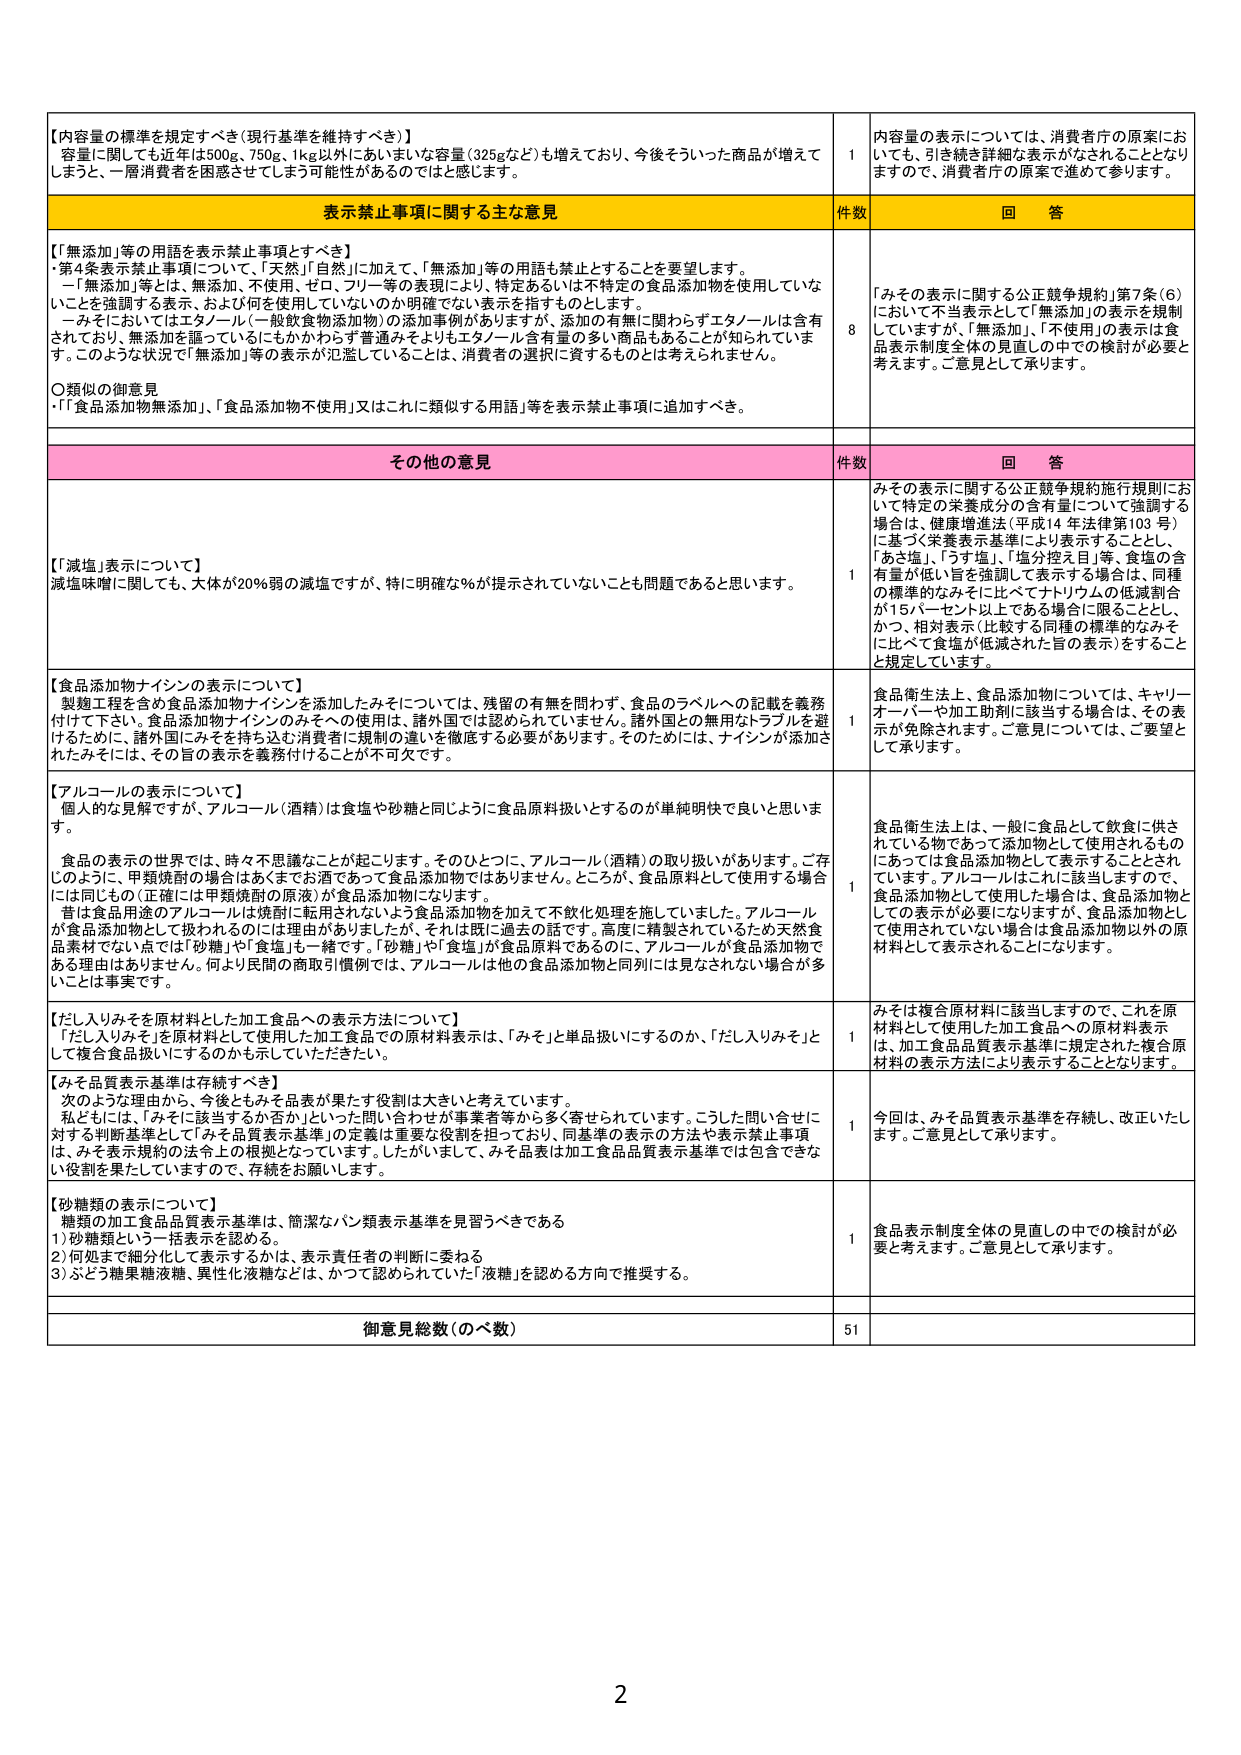
【内容量の標準を規定すべき（現行基準を維持すべき）】
容量に関しても近年は500g、750g、1kg以外にあいまいな容量（325gなど）も増えており、今後そういった商品が増えて
しまうと、一層消費者を困惑させてしまう可能性があるのではと感じます。

表示禁止事項に関する主な意見
件数 回答

【「無添加」等の用語を表示禁止事項とすべき】
・第4条表示禁止事項について、「天然」「自然」に加えて、「無添加」等の用語も禁止とすることを要望します。
「無添加」等とは、無添加か、不使用、ゼロ、フリー等の表現により、特定あるいは不特定の食品添加物を使用していな
いことを強調する表示、および何を使用していないのか明確でない表示を指すものとします。
一みそにおいてはエタノール（一般飲食物添加物）の添加事例がありますが、添加の有無に関わらずエタノールは含有
されており、無添加を謳っているにもかかわらず普通みそよりエタノール含有量の多い商品もあることが知られていま
す。このような状況で「無添加」等の表示が氾濫していることは、消費者の選択に資するものとは考えられません。
○類似の御意見
・「食品添加物無添加」、「食品添加物不使用」又はこれに類似する用語」等を表示禁止事項に追加すべき。

8
「みその表示に関する公正競争規約」第7条（6）
において不当表示として「無添加」の表示を規制
していますが、「無添加」、「不使用」の表示は食
品表示制度全体の見直しの中での検討が必要と
考えます。ご意見として承ります。

その他の意見
件数 回答

【「減塩」表示について】
減塩味噌に関しても、大体が20%弱の減塩ですが、特に明確な％が提示されていないことも問題であると思います。

1
みその表示に関する公正競争規約施行規則にお
いて特定の栄養成分の含有量について強調する
場合は、健康増進法（平成14年法律第103号）
に基づく栄養表示基準により表示することとし、
「あさ塩」、「うす塩」、「塩分控え目」等、食塩の含
有量が低い旨を強調して表示する場合は、同種
の標準的なみそに比べてナトリウムの低減割合
が15パーセント以上である場合に限ることとし、
かつ、相対表示（比較する同種の標準のみそ
に比べて食塩が低減された旨の表示）をすること
と規定しています。

【食品添加物ナイシンの表示について】
製麴工程を含む食品添加物ナイシンのみそについては、残留の有無を問わず、食品のラベルへの記載を義務
付けて下さい。食品添加物ナイシンのみそへの使用は、諸外国では認められていません。諸外国との無用なトラブルを避
けるために、諸外国にみそを持ち込む消費者に規制の違いを徹底する必要があります。そのためには、ナイシンが添加さ
れたみそには、その旨の表示を義務付けることが不可欠です。

1
食品衛生法上、食品添加物については、キャリー
オーバーや加工助剤に該当する場合は、その表
示が免除されます。ご意見については、ご要望と
して承ります。

【アルコールの表示について】
個人的な見解ですが、アルコール（酒精）は食塩や砂糖と同じように食品原料扱いとするのが単純明快で良いと思いま
す。
食品の表示の世界では、時々不思議なことが起こります。そのひとつに、アルコール（酒精）の取り扱いがあります。ご存
じのように、甲類焼酎の場合はあくまでお酒であって食品添加物ではありません。ところが、食品原料として使用する場合
には同じもの（正確には甲類焼酎の原液）が食品添加物になります。
昔は食品用途のアルコールは焼酎に転用されないよう食品添加物を加えて不飲化処理を施していました。アルコール
が食品添加物として扱われるのには理由がありますが、それは既に過去の話です。高度に精製されているため天然食
品素材でない点では「砂糖」や「食塩」も一緒です。「砂糖」や「食塩」が食品原料であるのに、アルコールが食品添加物で
ある理由はありません。何より民間の商取引慣例では、アルコールは他の食品添加物と同列には見なされない場合が多
いことは事実です。

1
食品衛生法上は、一般に食品として飲食に供さ
れている物であって添加物として使用されるもの
にあっては食品添加物として表示することとされ
ています。アルコールはこれに該当しますので、
食品添加物として使用した場合は、食品添加物と
しての表示が必要になりますが、食品添加物とし
て使用されていない場合は食品添加物以外の原
材料として表示されることになります。

【だし入りみそを原材料とした加工食品への表示方法について】
「だし入りみそ」を原材料として使用した加工食品での原材料表示は、「みそ」と単品扱いにするのか、「だし入りみそ」と
して複合食品扱いにするのかも示していただきたい。

1
みそは複合原材料に該当しますので、これを原
材料として使用した加工食品への原材料表示
は、加工食品品質表示基準に規定された複合原
材料の表示方法により表示することとなります。

【みそ品質表示基準は存続すべき】
次のような理由から、今後ともみそ品表が果たす役割は大きいと考えています。
私どもには、「みそに該当するか否か」といった問い合わせが事業者等から多く寄せられています。こうした問い合せに
対する判断基準として「みそ品質表示基準」の定義は重要な役割を担っており、同基準の表示の方法や表示禁止事項
は、みそ表示規約の法令上の根拠となっています。したがいまして、みそ品表は加工食品品質表示基準では包含できな
い役割を果たしていますので、存続をお願いします。

1
今回は、みそ品質表示基準を存続し、改正いたし
ます。ご意見として承ります。

【砂糖類の表示について】
糖類の加工食品品質表示基準は、簡潔なパン類表示基準を見習うべきである
1）砂糖類という一括表示を認める。
2）何処まで細分化して表示するかは、表示責任者の判断に委ねる
3）ぶどう糖果糖液糖、異性化液糖などは、かつて認められていた「液糖」を認める方向で推奨する。

1
食品表示制度全体の見直しの中での検討が必
要と考えます。ご意見として承ります。

御意見総数（のべ数）
51

2